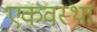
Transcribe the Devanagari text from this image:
एकवस्था